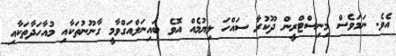
އެވެ. ނަމަވެސް މިނިސްޓްރީން ދޫކުރާ ސައްހަ ލިޔުމެއް އޮވެ ބައިނަލްއަގްވާމީ ގާނޫނުތަކާއި މުއާހަދާތަކާއި